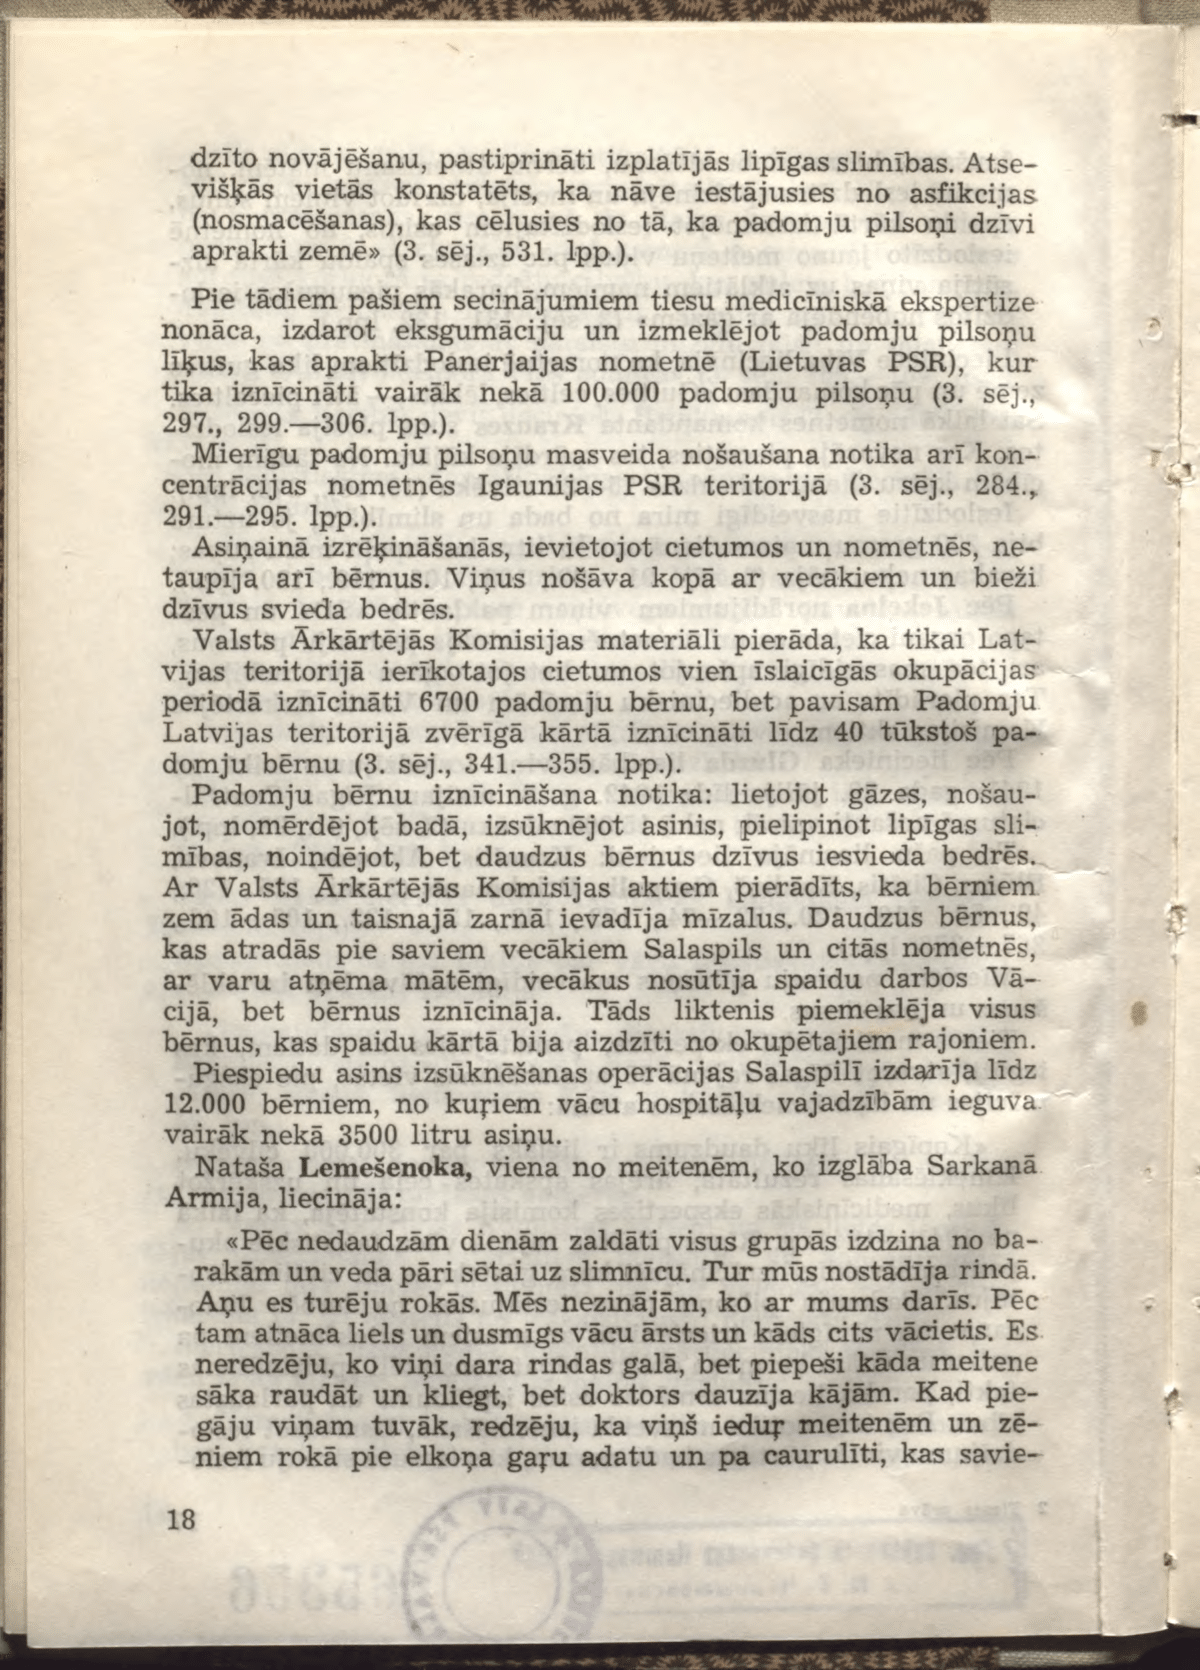
Language: lv